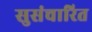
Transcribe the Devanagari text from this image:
सुसंचारित